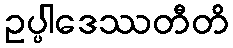
ဥပ္ပါဒေဿတီတိ